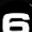
Digit: 6